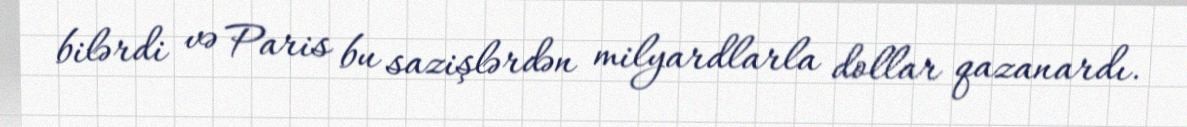
bilərdi və Paris bu sazişlərdən milyardlarla dollar qazanardı.